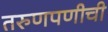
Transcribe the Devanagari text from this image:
तरुणपणीची